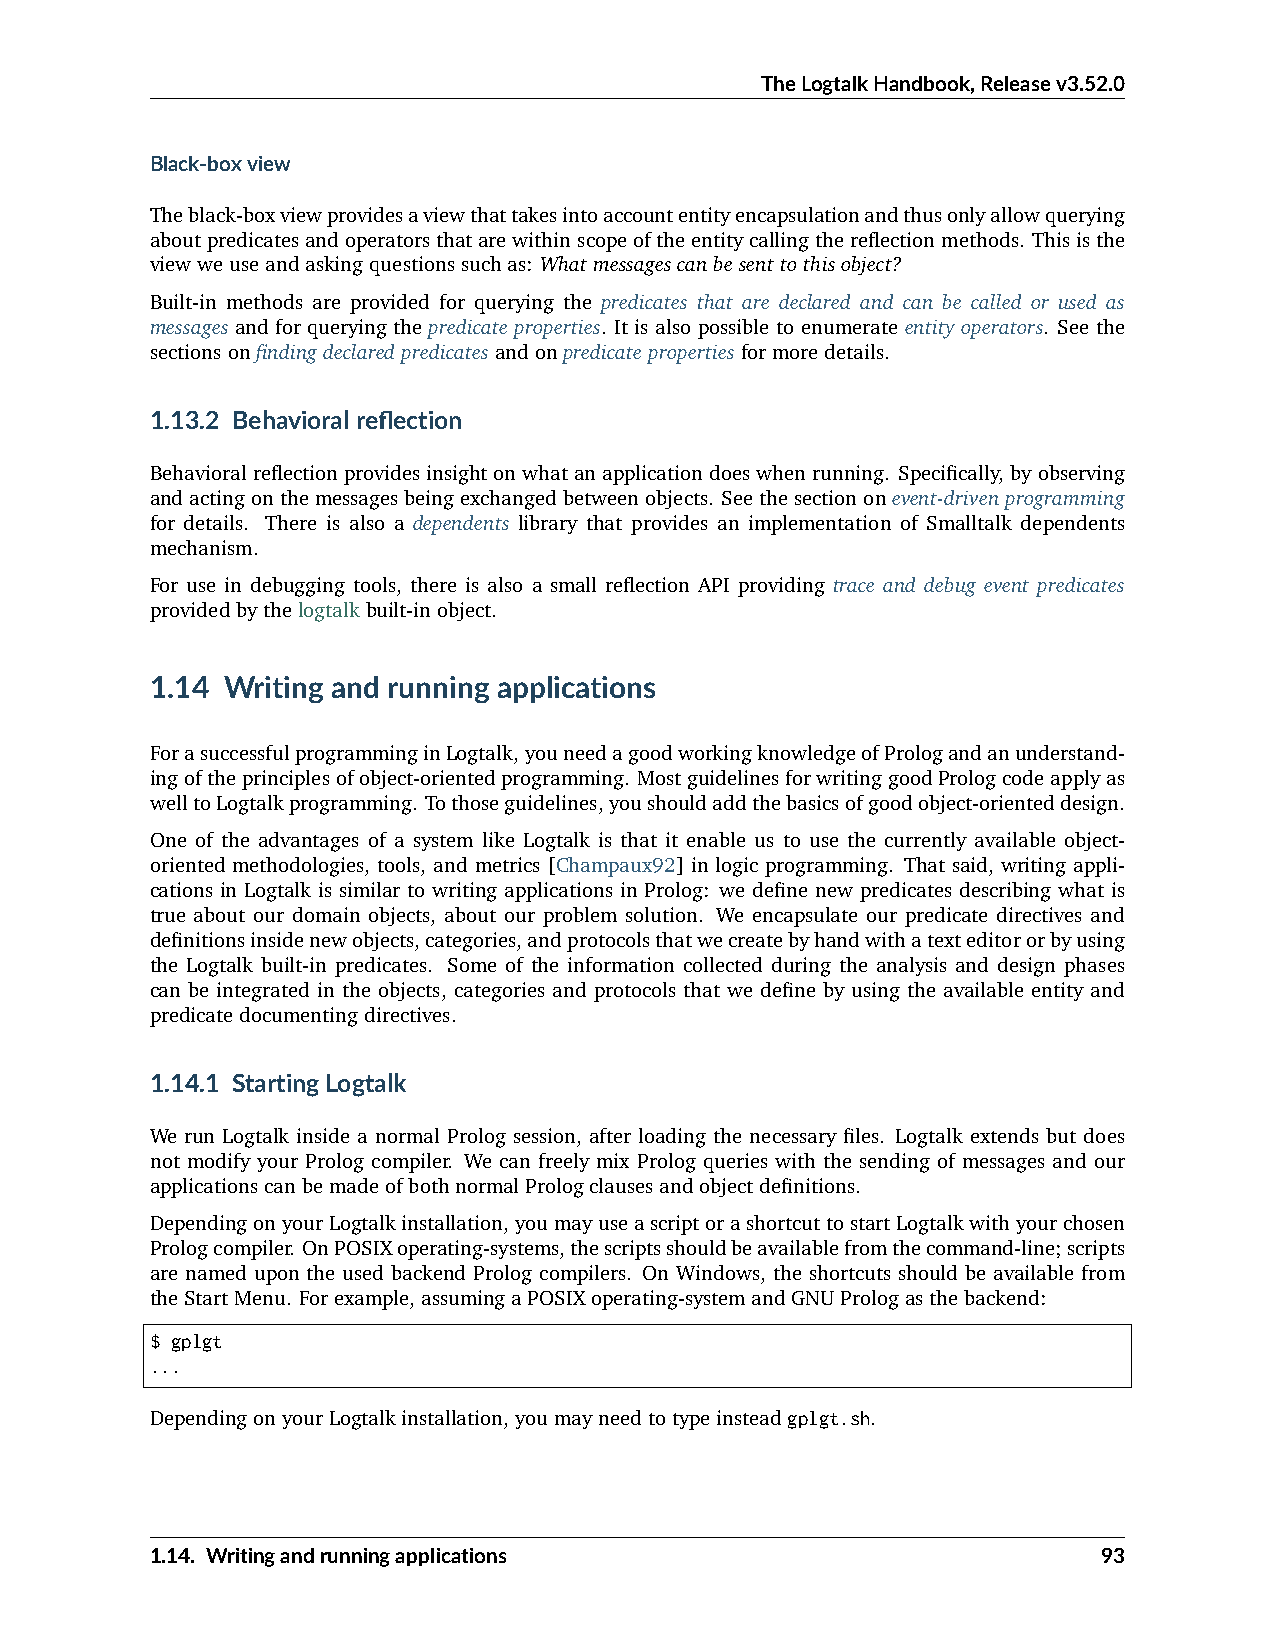
TheLogtalkHandbook,Releasev3.52.0
 Black-boxview
 Theblack-boxviewprovidesaviewthattakesintoaccountentityencapsulationandthusonlyallowquerying
 aboutpredicatesandoperatorsthatarewithinscopeoftheentitycallingthereflectionmethods. Thisisthe
 viewweuseandaskingquestionssuchas: Whatmessagescanbesenttothisobject?
 Built-in methods are provided for querying the predicates that are declared and can be called or used as
 messages and for querying the predicate properties. It is also possible to enumerate entity operators. See the
 sectionsonfindingdeclaredpredicatesandonpredicatepropertiesformoredetails.
 1.13.2 Behavioralreflection
 Behavioralreflectionprovidesinsightonwhatanapplicationdoeswhenrunning. Specifically,byobserving
 andactingonthemessagesbeingexchangedbetweenobjects. Seethesectiononevent-drivenprogramming
 for details. There is also a dependents library that provides an implementation of Smalltalk dependents
 mechanism.
 For use in debugging tools, there is also a small reflection API providing trace and debug event predicates
 providedbythelogtalkbuilt-inobject.
 1.14 Writing and running applications
 ForasuccessfulprogramminginLogtalk,youneedagoodworkingknowledgeofPrologandanunderstand-
 ingoftheprinciplesofobject-orientedprogramming. MostguidelinesforwritinggoodPrologcodeapplyas
 welltoLogtalkprogramming. Tothoseguidelines,youshouldaddthebasicsofgoodobject-orienteddesign.
 One of the advantages of a system like Logtalk is that it enable us to use the currently available object-
 oriented methodologies, tools, and metrics [Champaux92] in logic programming. That said, writing appli-
 cations in Logtalk is similar to writing applications in Prolog: we define new predicates describing what is
 true about our domain objects, about our problem solution. We encapsulate our predicate directives and
 definitionsinsidenewobjects,categories,andprotocolsthatwecreatebyhandwithatexteditororbyusing
 the Logtalk built-in predicates. Some of the information collected during the analysis and design phases
 can be integrated in the objects, categories and protocols that we define by using the available entity and
 predicatedocumentingdirectives.
 1.14.1 StartingLogtalk
 We run Logtalk inside a normal Prolog session, after loading the necessary files. Logtalk extends but does
 not modify your Prolog compiler. We can freely mix Prolog queries with the sending of messages and our
 applicationscanbemadeofbothnormalPrologclausesandobjectdefinitions.
 DependingonyourLogtalkinstallation,youmayuseascriptorashortcuttostartLogtalkwithyourchosen
 Prologcompiler. OnPOSIXoperating-systems,thescriptsshouldbeavailablefromthecommand-line;scripts
 are named upon the used backend Prolog compilers. On Windows, the shortcuts should be available from
 theStartMenu. Forexample,assumingaPOSIXoperating-systemandGNUPrologasthebackend:
 $ gplgt
 ...
 DependingonyourLogtalkinstallation,youmayneedtotypeinsteadgplgt.sh.
 1.14. Writingandrunningapplications                            93